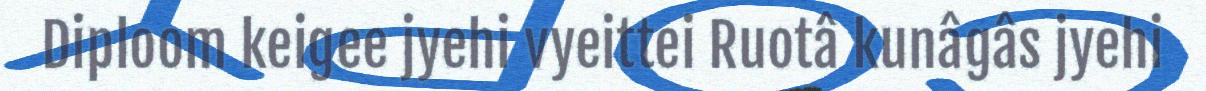
Diploom keigee jyehi vyeittei Ruotâ kunâgâs jyehi